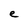
Character: e